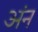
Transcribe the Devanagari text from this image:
अंन